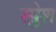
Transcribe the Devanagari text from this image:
स्प्लेश